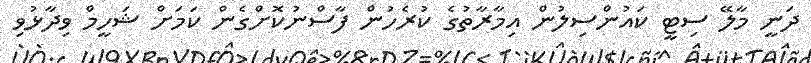
ދަނީ މާލޭ ސިޓީ ކައުންސިލުން އިމާރާތުގެ ކުރެހުން ފާސްނުކޮށްގެން ކަމަށް ޝަހީމް ވިދާޅުވި